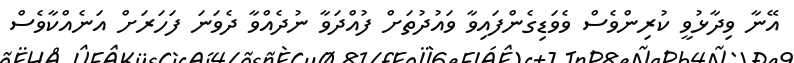
އޭނާ ވިދާޅުވީ ކުރިންވެސް ވެވަޑިގެންފައިވާ ވައުދުތަށް ފުއްދަވާ ނުދެއްވާ ދެވަނަ ފަހަރަށް އަނެއްކާވެސް